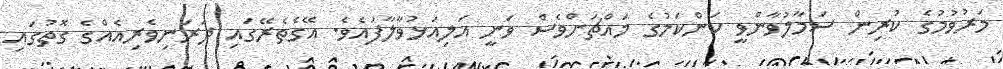
މަރުވުމުގެ ކުރިން ސަމާލުވާންވީ ކަންކަމުގެ މައްޗަށްވެސް ވަނީ އަލިއަޅުވާލާފައެވެ. އޭގެތެރޭގައި ދަރަނިވެރިއެއްގެ ގޮތުގައި